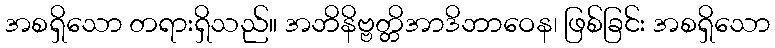
အစရှိသော တရားရှိသည်။ အဘိနိဗ္ဗတ္တိအာဒိဘာဝေန၊ ဖြစ်ခြင်း အစရှိသော